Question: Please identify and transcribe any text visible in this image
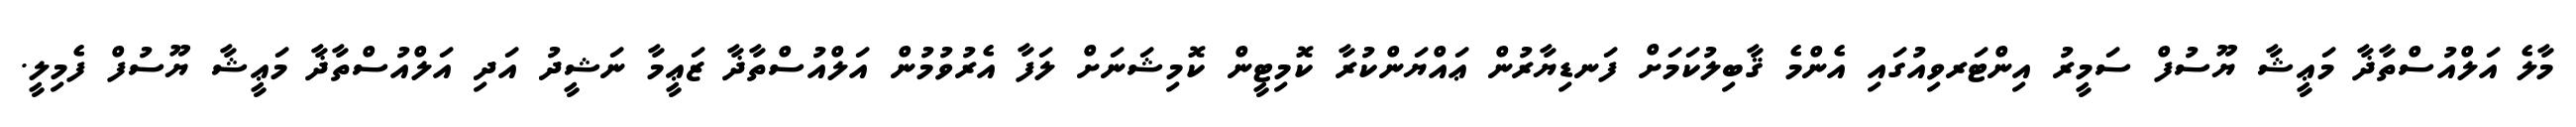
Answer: މާލެ އަލްއުސްތާޛާ މަޢީޝާ ޔޫސުފް ސަމީރު އިންޓަރވިއުގައި އެންމެ ޤާބިލުކަމަށް ފަނޑިޔާރުން ޢައްޔަންކުރާ ކޮމިޓީން ކޮމިޝަނަށް ލަފާ އެރުވުމުން އަލްއުސްތާޛާ ޒަޢީމާ ނަޝީދު އަދި އަލްއުސްތާޛާ މަޢީޝާ ޔޫސުފް ފެމިލީ.